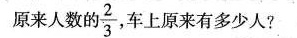
原来人数的\frac{2}{3} 车上原来有多少人?